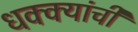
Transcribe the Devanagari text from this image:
धक्क्यांची